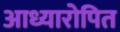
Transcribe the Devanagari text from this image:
आध्यारोपित